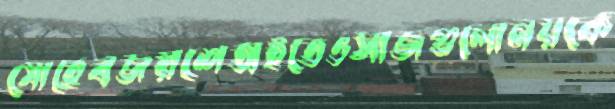
মোহেবজয়শেঅইতেওসাজগুলোনয়কে